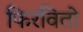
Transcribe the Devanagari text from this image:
फिरवितो